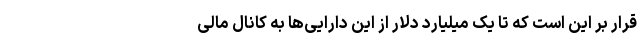
قرار بر این است که تا یک میلیارد دلار از این دارایی‌ها به کانال مالی